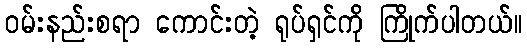
ဝမ်းနည်းစရာ ကောင်းတဲ့ ရုပ်ရှင်ကို ကြိုက်ပါတယ်။